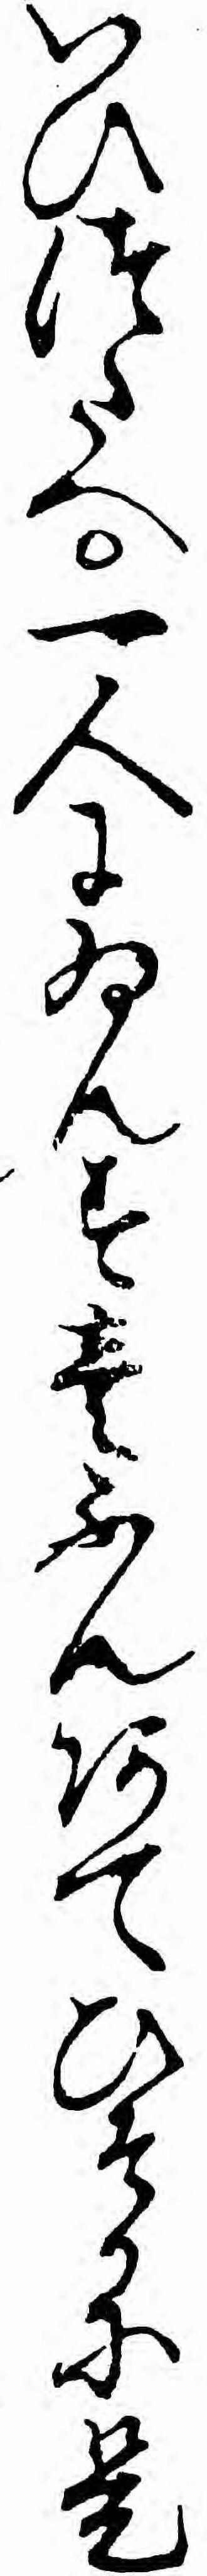
いひつたへ一人にゐんす壱ふんあてひそかに是